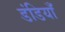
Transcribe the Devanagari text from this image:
डंडियाँ